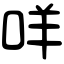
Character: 咩